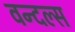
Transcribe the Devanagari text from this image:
वन्दल्स